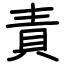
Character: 責